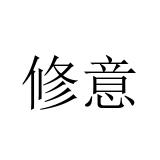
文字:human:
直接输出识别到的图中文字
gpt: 修意